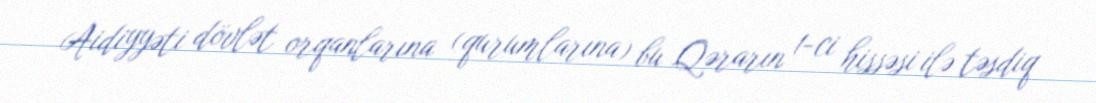
Aidiyyəti dövlət orqanlarına (qurumlarına) bu Qərarın 1-ci hissəsi ilə təsdiq